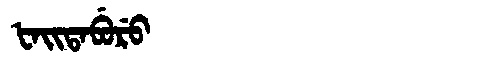
Manchu: ᡶᠠᡳᡨᠠᠪᡠᡵᡠ
Romanization: FAITABURU